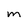
Character: m